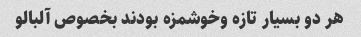
هر دو بسیار تازه وخوشمزه بودند بخصوص آلبالو